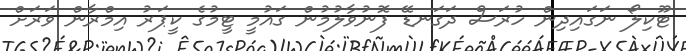
ޓޫކިލޯ ނަގައިދިން ހުރަސް ދަގަނޑޭ ފޮނުވާލުމުން ގައުމީ ޓީމުގެ ކީޕަރު އިމްރާން ވަރަށް